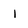
Character: i